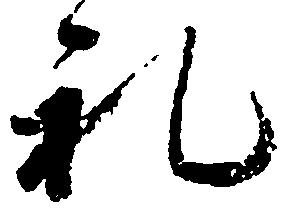
礼